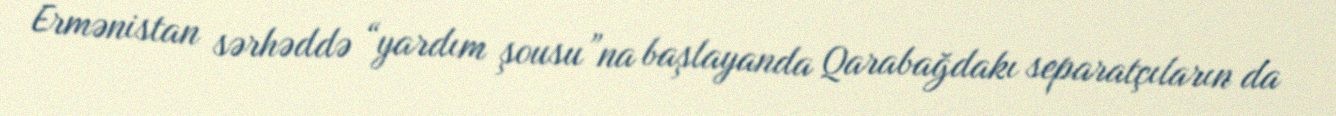
Ermənistan sərhəddə “yardım şousu”na başlayanda Qarabağdakı separatçıların da